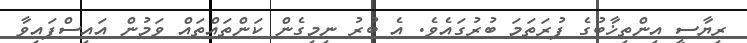
ރިޔާސީ އިންތިޚާބުގެ ފުރަތަމަ ބުރުގައެވެ. އެ ބުރު ނިމިގެން ކަންތައްތައް ވަމުން އައިސްފައިވާ